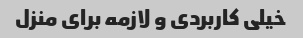
خیلی کاربردی و لازمه برای منزل